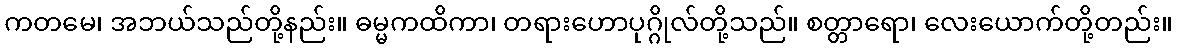
ကတမေ၊ အဘယ်သည်တို့နည်း။ ဓမ္မကထိကာ၊ တရားဟောပုဂ္ဂိုလ်တို့သည်။ စတ္တာရော၊ လေးယောက်တို့တည်း။